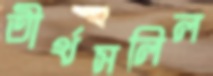
তীর্থসলিল